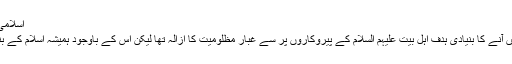
اسلامی اتحاد کے تحفظ کے ساتھ ساتھ تشیع کا دفاع
اگرچہ اہل بیت(ع) نیوز ایجنسی کے وجود میں آنے کا بنیادی ہدف اہل بیت علیہم السلام کے پیروکاروں پر سے غبار مظلومیت کا ازالہ تھا لیکن اس کے باوجود ہمیشہ اسلام کے بنیادی اصول و اہداف کا پاس و لحاظ رکھاہے۔